Vaccination North-Western Provinces and Oudh 1896-1901 - 1896-1901
Year: 1896
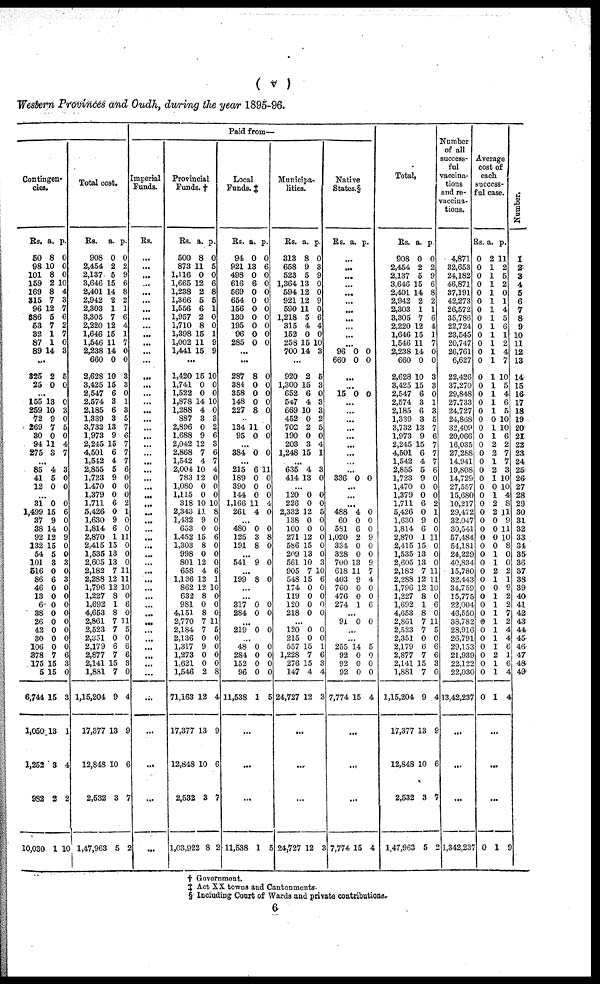
( v )
Western Provinces and Oudh, during the year 1895-96.
Contingen-
cies.
Rs.
50
98
101
159
169
315
96
386
53
32
87
89
a.
8
10
8
2
8
7
12
5
7
1
1
14
p.
0
0
0
10
4
3
7
6
2
7
0
3
...
325
25
2
0
5
0
...
155
259
72
269
30
94
275
13
10
9
7
0
11
3
0
3
0
5
0
4
7
...
85
41
12
4
5
0
3
0
0
...
31
1,499
37
38
92
132
54
101
516
86
46
13
6
38
26
42
30
106
378
175
5
6,744
1,050
1,252
982
10,030
0
15
9
14
12
15
5
3
0
6
0
0
0
0
0
0
0
0
7
15
15
15
13
3
2
1
0
6
0
0
9
0
0
3
0
3
0
0
0
0
0
0
0
0
6
3
0
3
1
4
2
10
Total cost.
Rs.
908
2,454
2,137
3,646
2,401
2,942
2,303
3,305
2,220
1,646
1,546
2,238
660
2,628
3,425
2,547
2,574
2,185
1,339
3,732
1,973
2,245
4,501
1,542
2,855
1,723
1,470
1,379
1,711
5,426
1,630
1,814
2,870
2,415
1,535
2,605
2,182
2,288
1,796
1,227
1,692
4,653
2,861
2,523
2,351
2,179
2,877
2,141
1,881
1,15,204
17,377
12,848
2,532
1,47,963
a.
0
2
5
15
14
2
1
7
12
15
11
14
0
10
15
6
3
6
3
13
9
15
6
4
5
9
0
0
6
0
9
6
1
15
13
13
7
12
12
8
1
8
7
7
0
6
7
15
7
9
13
10
3
5
p.
0
2
9
6
8
2
1
6
4
1
7
0
0
3
3
0
1
3
5
7
6
7
7
7
6
0
0
0
2
1
0
0
11
0
0
0
11
11
10
0
6
0
11
5
0
6
6
3
0
4
9
6
7
2
Paid from—
Imperial
Funds.
Rs.
...
...
...
...
...
...
...
...
...
...
...
...
...
...
...
...
...
...
...
...
...
...
...
...
...
...
...
...
...
...
...
...
...
...
...
...
...
...
...
...
...
...
...
...
...
...
...
...
...
...
...
...
...
...
Provincial
Funds. †
Rs.
500
873
1,116
1,665
1,238
1,366
1,556
1,957
1,710
1,398
1,002
1,441
a.
8
11
0
12
2
5
6
2
8
15
11
15
p.
0
5
0
6
8
5
1
0
0
1
9
9
...
1,420
1,741
1,522
1,878
1,288
887
2,896
1,688
2,042
2,868
1,542
2,004
783
1,080
1,115
318
2,343
1,432
653
1,452
1,303
998
801
658
1,136
862
632
981
4,151
2,770
2,184
2,136
1,317
1,273
1,621
1,546
71,163
17,377
12,848
2,532
1,03,922
15
0
0
14
4
3
0
9
12
7
4
10
12
0
0
10
11
9
0
15
8
0
12
4
12
12
8
0
8
7
7
0
9
0
0
2
12
13
10
3
8
10
0
0
10
0
3
2
6
3
6
7
4
0
0
0
10
8
0
0
6
0
0
0
6
1
10
0
0
0
11
5
0
0
0
0
8
4
9
6
7
2
Local
Funds. ‡
Rs.
94
921
498
616
569
654
156
130
195
96
285
a.
0
13
0
6
0
0
0
0
0
0
0
p.
0
6
0
0
0
0
0
0
0
0
0
...
...
287
384
358
148
227
8
0
0
0
8
0
0
0
0
0
...
134
95
11
0
0
0
...
384 0 0
...
215
189
390
144
1,166
261
6
0
0
0
11
4
11
0
0
0
4
0
...
480
125
191
0
3
8
0
8
0
...
541 9 0
...
199 8 0
...
...
317
284
0
0
0
0
...
219 0 0
...
48
284
152
96
11,538
0
0
0
0
1
0
0
0
0
5
...
...
...
11,538 1 5
Municipa-
lities.
Rs.
313
658
523
1,364
594
921
590
1,218
315
152
258
700
a.
8
9
5
13
12
12
11
5
4
0
15
14
p.
0
3
9
0
0
9
0
6
4
0
10
3
...
920
1,300
652
547
669
452
702
190
203
1,248
2
15
6
4
10
0
2
0
3
15
5
3
0
3
3
2
5
0
4
1
...
635
414
4
13
3
0
...
120
226
2,332
138
100
271
586
209
561
905
548
174
119
120
218
0
0
12
0
0
12
15
13
10
7
15
0
0
0
0
0
0
5
0
0
0
0
0
3
10
6
0
0
0
0
...
120
215
557
1,228
276
147
24,727
0
0
15
7
15
4
12
0
0
1
6
3
4
3
...
...
...
24,727 12
3
Native
States.§
Rs. a. p.
...
...
...
...
...
...
...
...
...
...
...
96
660
0
0
0
0
...
...
15 0 0
...
...
...
...
...
...
...
...
...
336 0 0
...
...
...
488
60
581
1,020
334
328
700
618
403
760
476
274
4
0
6
2
0
0
13
11
9
0
0
1
0
0
0
9
0
0
9
7
4
0
0
6
...
91 0 0
...
...
255
92
92
92
7,774
14
0
0
0
15
5
0
0
0
4
...
...
...
7,774 15 4
Total,
Rs.
908
2,454
2,137
3,646
2,401
2,942
2,303
3,805
2,220
1,646
1,546
2,238
660
2,628
3,425
2,547
2,574
2,185
1,339
3,732
1,973
2,245
4,501
1,542
2,855
1,723
1,470
1,379
1,711
5,426
1,630
1,814
2,870
2,415
1,535
2,605
2,182
2,288
1,796
1,227
1,692
4,653
2,861
2,523
2,351
2,179
2,877
2,141
1,881
1,15,204
17,377
12,848
2,532
1,47,963
a.
0
2
5
15
14
2
1
7
12
15
11
14
0
10
15
6
3
6
3
13
9
15
6
4
5
9
0
0
6
0
9
6
1
15
13
13
7
12
12
8
1
8
7
7
0
6
7
15
7
9
13
10
3
5
p.
0
2
9
6
8
2
1
6
4
1
7
0
0
3
3
0
1
3
5
7
6
7
7
7
6
0
0
0
2
1
0
0
11
0
0
0
11
11
10
0
6
0
11
5
0
6
6
3
0
4
9
6
7
2
Number
of all
success-
ful
vaccina-
tions
and re¬
vaccina-
tions.
4,871
32,653
24,182
46,871
37,191
42,273
26,572
35,786
22,724
23,545
20,747
26,761
6,627
22,426
37,270
29,848
27,733
24,727
24,868
32,409
20,066
16,035
27,288
14,941
19,808
14,729
27,557
15,680
10,217
29,472
32,047
30,541
57,484
54,181
24,229
40,834
15,780
32,443
34,759
15,775
22,004
46,550
38,782
28,916
26,791
29,153
21,939
22,122
22,030
13,42,237
...
...
...
1,342,237
Average
cost of
each
success-
ful case.
Rs.
0
0
0
0
0
0
0
0
0
0
0
0
0
0
0
0
0
0
0
0
0
0
0
0
0
0
0
0
0
0
0
0
0
0
0
0
0
0
0
0
0
0
0
0
0
0
0
0
0
0
a.
2
1
1
1
1
1
1
1
1
1
1
1
1
1
1
1
1
1
0
1
1
2
2
1
2
1
0
1
2
2
0
0
0
0
1
1
2
1
0
1
1
1
1
1
1
1
2
1
1
1
p.
11
2
5
2
0
1
4
5
6
1
2
4
7
10
5
4
6
5
10
10
6
2
7
7
3
10
10
4
8
11
9
11
10
8
0
0
2
1
9
2
2
7
2
4
4
6
1
6
4
4
...
...
...
0
1 9
Number.
1
2
3
4
5
6
7
8
9
10
11
12
13
14
15
16
17
18
19
20
21
22
23
24
25
26
27
28
29
30
31
32
33
34
35
36
37
38
39
40
41
42
43
44
45
46
47
48
49
† Government.
‡ Act XX towns and Cantonments.
§ Including Court of Wards and private contributions.
6